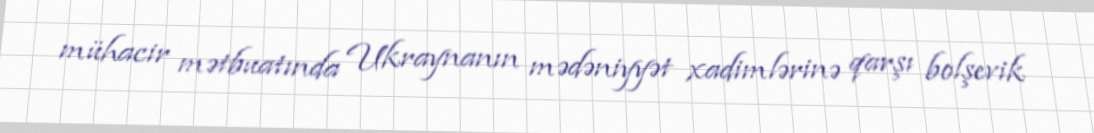
mühacir mətbuatında Ukraynanın mədəniyyət xadimlərinə qarşı bolşevik